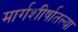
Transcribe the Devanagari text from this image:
मार्गशीर्षातल्या